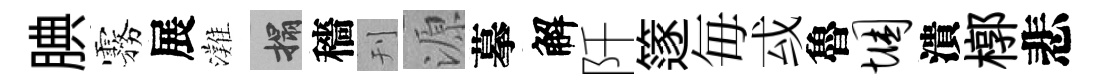
腆霧展灘搨穡刊源摹解阡篴毎㦯魯悃潰槨悲